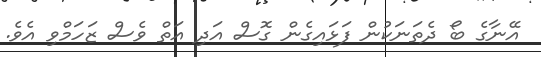
އޭނާގެ ބޯ ދެތަނަކުން ފަޅައިގެން ގޮސް އަދި އަތް ވެސް ޒަހަމްވި އެވެ.